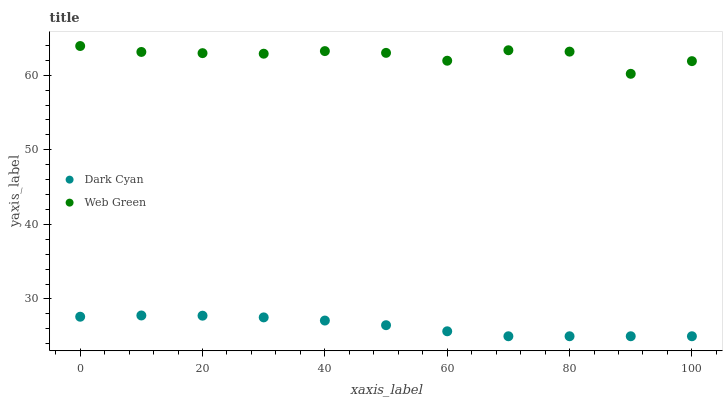
| xaxis_label | Dark Cyan | Web Green |
 | --- | --- | --- |
 | 0 | 27.6 | 63.9 |
 | 10 | 27.8 | 63.1 |
 | 20 | 27.8 | 63 |
 | 30 | 27.5 | 62.9 |
 | 40 | 27.1 | 63.2 |
 | 50 | 26.5 | 63 |
 | 60 | 25.7 | 61.9 |
 | 70 | 25 | 63.4 |
 | 80 | 25 | 63.2 |
 | 90 | 25 | 60.2 |
 | 100 | 25 | 61.9 |